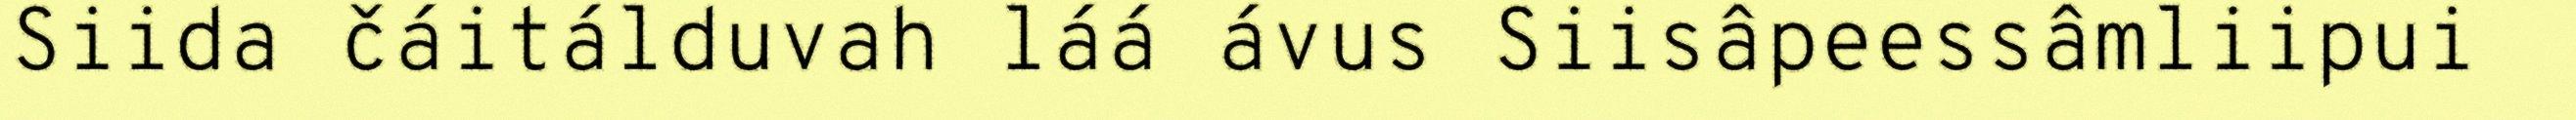
Siida čáitálduvah láá ávus Siisâpeessâmliipui